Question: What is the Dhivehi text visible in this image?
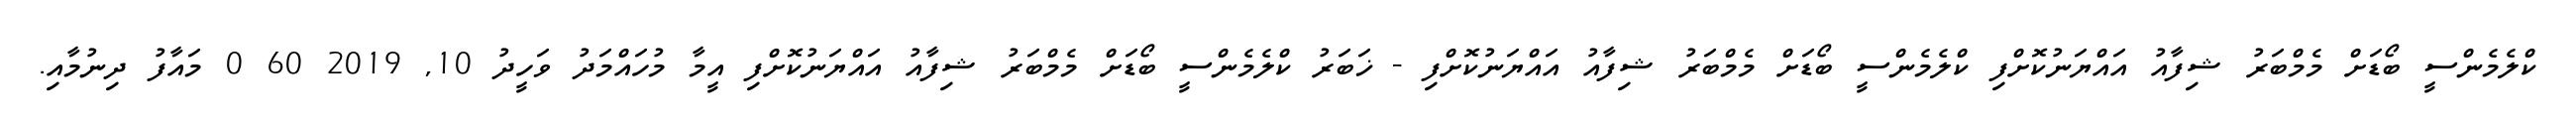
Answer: ކްލެމެންސީ ބޯޑަށް މެމްބަރު ޝިފާއު އައްޔަނުކޮށްފި ކްލެމެންސީ ބޯޑަށް މެމްބަރު ޝިފާއު އައްޔަނުކޮށްފި - ޚަބަރު ކްލެމެންސީ ބޯޑަށް މެމްބަރު ޝިފާއު އައްޔަނުކޮށްފި އީމާ މުހައްމަދު ވަހީދު 10, 2019 60 0 މައާފު ދިނުމާއި.